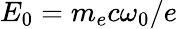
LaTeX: E_{0}=m_{e}c\omega_{0}/e